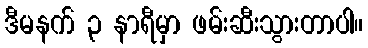
ဒီမနက် ၃ နာရီမှာ ဖမ်းဆီးသွားတာပါ။